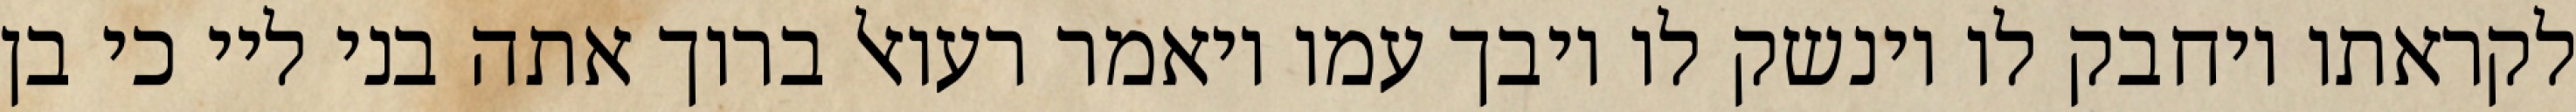
לקראתו ויחבק לו וינשק לו ויבך עמו ויאמר רעואל ברוך אתה בני ליי כי בן